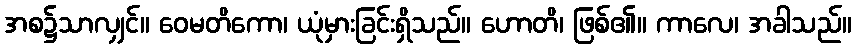
အစ၌သာလျှင်။ ဝေမတိကော၊ ယုံမှားခြင်းရှိသည်။ ဟောတိ၊ ဖြစ်၏။ ကာလေ၊ အခါသည်။